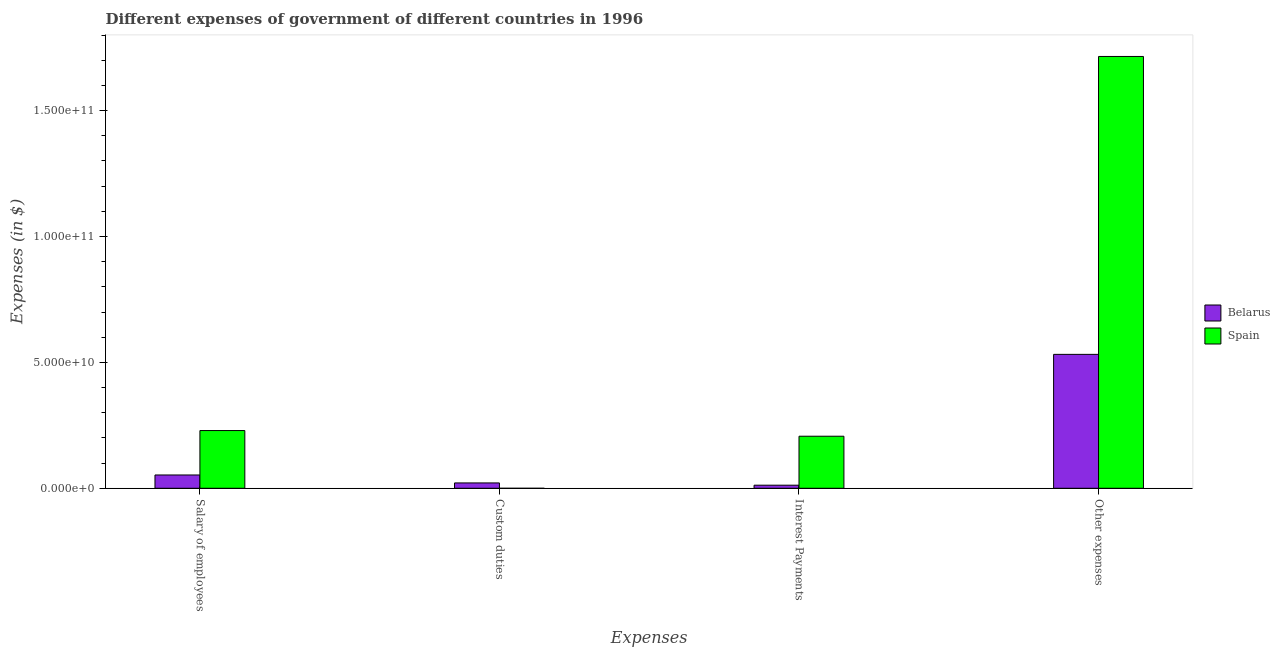
| Expenses | Belarus | Spain |
 | --- | --- | --- |
 | Salary of employees | 5.28e+09 | 2.29e+10 |
 | Custom duties | 2.12e+09 | -1.6e+07 |
 | Interest Payments | 1.23e+09 | 2.07e+10 |
 | Other expenses | 5.32e+10 | 1.71e+11 |